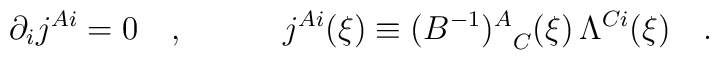
\partial_i j^{Ai}=0\quad,\quad \quad \quad j^{Ai}(\xi) \equiv {(B^{-1})^A}_C(\xi) \, \Lambda^{Ci}(\xi)\quad.